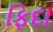
ફિદા